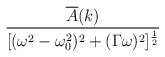
\begin{align*}\frac{\overline A(k)}{\lbrack(\omega^2-\omega_0^2)^2+(\Gamma\omega)^2\rbrack^{\frac{1}{2}}}\end{align*}